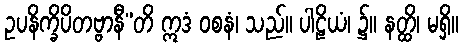
ဥပနိက္ခိပိတဗ္ဗာနီ”တိ ဣဒံ ဝစနံ၊ သည်။ ပါဠိယံ၊ ၌။ နတ္ထိ၊ မရှိ။